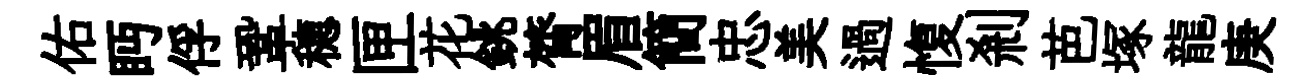
佑眄俘鞏穂匣花銚膂眉簡忠美過愎剎芭塚龍庚